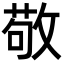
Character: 敬